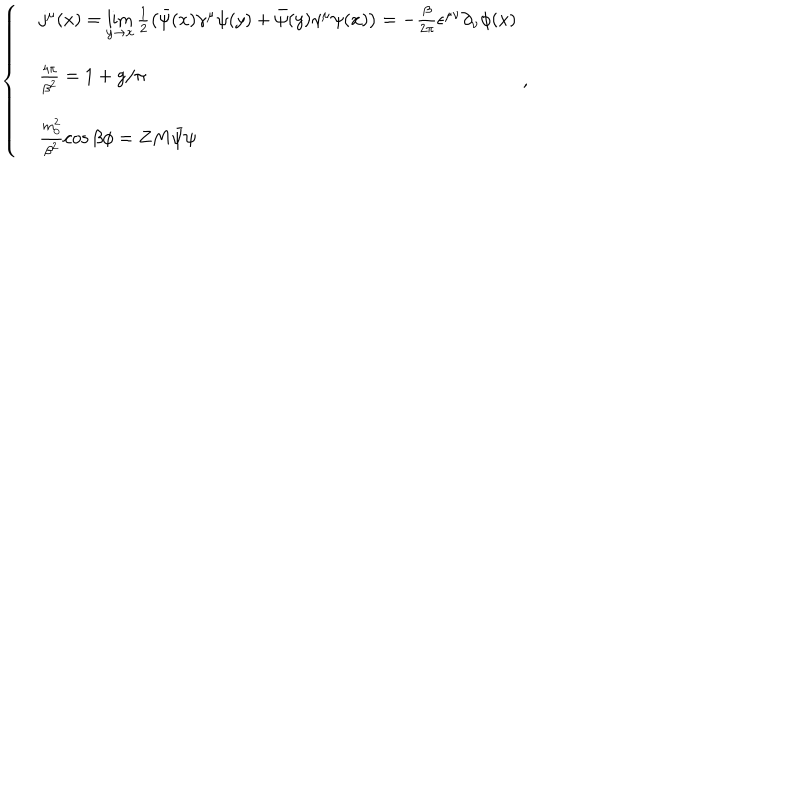
\left\{ \begin{array} { l l } { { } } & { { j ^ { \mu } ( x ) = \lim _ { y \rightarrow x } \frac { 1 } { 2 } \left( \bar { \psi } ( x ) \gamma ^ { \mu } \psi ( y ) + \bar { \psi } ( y ) \gamma ^ { \mu } \psi ( x ) \right) = - \frac { \beta } { 2 \pi } \epsilon ^ { \mu \nu } \partial _ { \nu } \phi ( x ) } } \\ { { } } & { { \frac { 4 \pi } { \beta ^ { 2 } } = 1 + g / \pi } } \\ { { } } & { { \frac { m _ { 0 } ^ { 2 } } { \beta ^ { 2 } } \cos \beta \phi = Z M \bar { \psi } \psi } } \\ \end{array} \right. ,